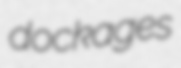
dockages